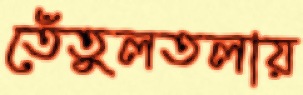
তেঁতুলতলায়